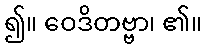
၍။ ဝေဒိတဗ္ဗာ၊ ၏။